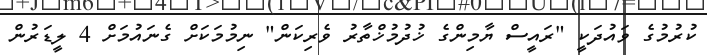
ކުރުމުގެ ވައުދަކީ "ރައީސް ޔާމިންގެ ޚުދުމުޚްތާރު ވެރިކަން" ނިމުމަކަށް ގެނައުމަށް 4 ލީޑަރުން